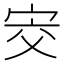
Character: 㝔